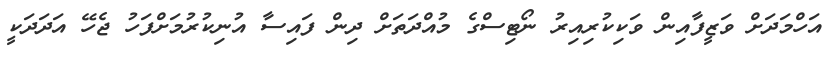
އަހްމަދަށް ވަޒީފާއިން ވަކިކުރިއިރު ނޯޓިސްގެ މުއްދަތަށް ދިން ފައިސާ އުނިކުރުމަށްފަހު ޖެހޭ އަދަދަކީ